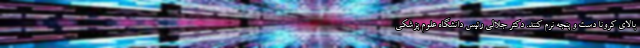
بالای کرونا دست و پنجه نرم کنند. دکتر جلالی رئیس دانشگاه علوم پزشکی